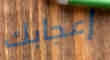
إعجابك